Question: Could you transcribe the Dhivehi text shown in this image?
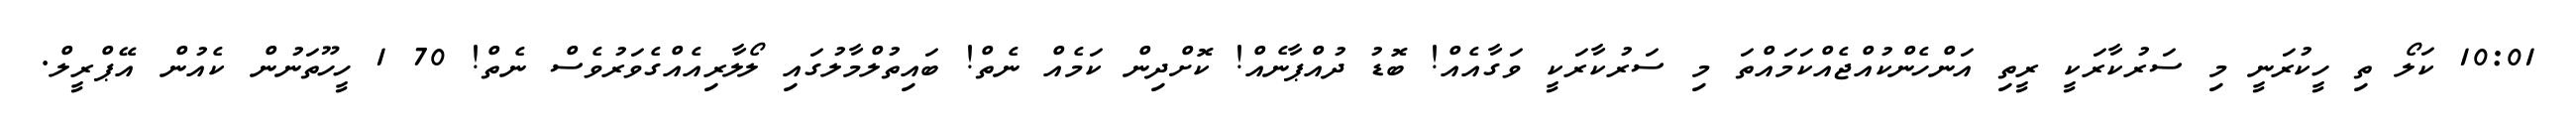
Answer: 10:01 ކަލޯ ތި ހީކުރަނީ މި ސަރުކާރަކީ ރީތި އަންހެންކުއްޖެއްކަމައްތަ މި ސަރުކާރަކީ ވަގާއެއް! ބޮޑު ދުއްޕާނެއް! ކޮށްދިން ކަމެއް ނެތް! ބައިތުލްމާލުގައި ލޯލާރިއެއްގެވަރުވެސް ނެތް! 70 1 ހީހޫތަނުން ކެއުން އޭޕްރީލް.